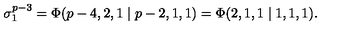
\sigma _ { 1 } ^ { p - 3 } = \Phi ( p - 4 , 2 , 1 \mid p - 2 , 1 , 1 ) = \Phi ( 2 , 1 , 1 \mid 1 , 1 , 1 ) .